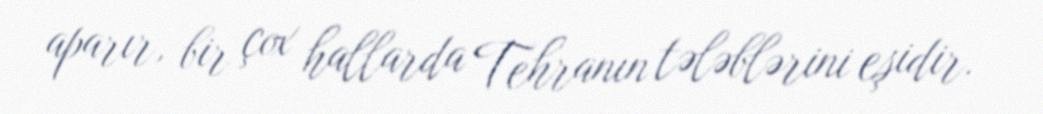
aparır, bir çox hallarda Tehranın tələblərini eşidir.